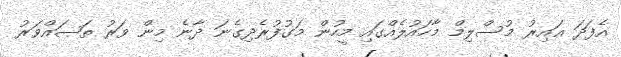
އެފަދަ ޣައިރު މުސްލިމް މާހައުލެއްގައި މީހުން މަގުފުރެދިގެނަ ދާނެ މިން ވަރު ތަޞައްވަރު